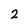
Character: 2